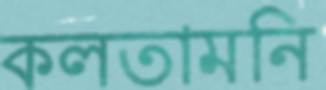
কলতামনি